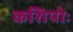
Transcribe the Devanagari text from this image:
कशिपोः